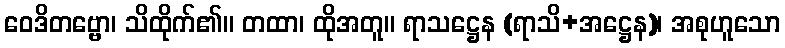
ဝေဒိတဗ္ဗော၊ သိထိုက်၏။ တထာ၊ ထိုအတူ။ ရာသဋ္ဌေန (ရာသိ+အဋ္ဌေန)၊ အစုဟူသော